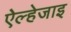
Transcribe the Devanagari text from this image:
ऐल्हेजाइ